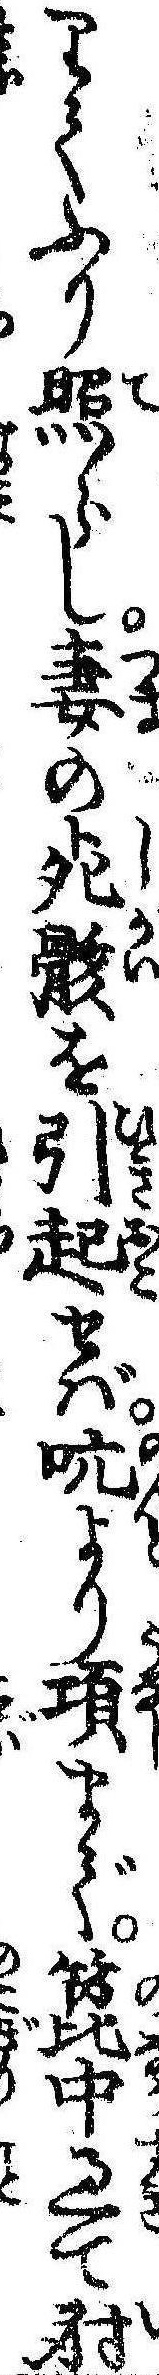
りてふり照らし妻の死骸を引起せば吭より項まで箆中過て射